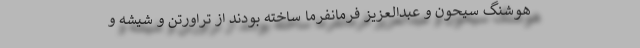
هوشنگ سیحون و عبدالعزیز فرمانفرما ساخته بودند از تراورتن و شیشه و